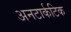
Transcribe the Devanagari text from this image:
अनटार्कटिक